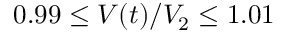
0 . 9 9 \leq V ( t ) / V _ { 2 } \leq 1 . 0 1